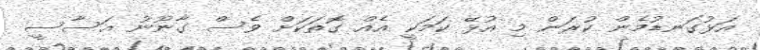
އަޅުގަނޑުމެން ކުރަން މި އުޅޭ ކަމަކީ އެއް ގޮތަކަށް ވެސް ގާނޫނު އަސާސީ